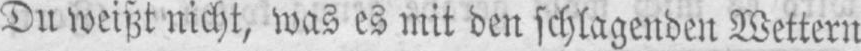
Du weißt nicht, was es mit den schlagenden Wettern